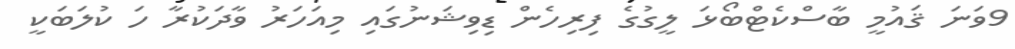
9ވަނަ ޤައުމީ ބާސްކެޓްބޯޅަ ލީގުގެ ފިރިހެން ޑިވިޝަނުގައި މިއަހަރު ވާދަކުރާ ހަ ކުލަބަކީ